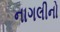
નાગલીનો